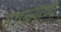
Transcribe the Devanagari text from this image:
मथळ्याच्या